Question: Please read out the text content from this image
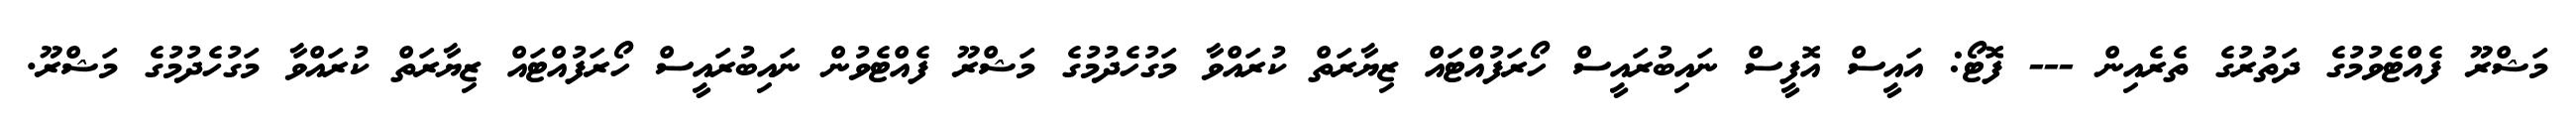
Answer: މަޝްރޫ ފެއްޓެވުމުގެ ދަތުރުގެ ތެރެއިން --- ފޮޓޯ: އައީސް އޮފީސް ނައިބުރައީސް ހޯރަފުއްޓައް ޒިޔާރަތް ކުރައްވާ މަގުހެދުމުގެ މަޝްރޫ ފެއްޓެވުން ނައިބުރައީސް ހޯރަފުއްޓައް ޒިޔާރަތް ކުރައްވާ މަގުހެދުމުގެ މަޝްރޫ.